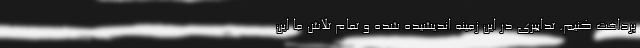
پرداخت کنیم. تدابیری در این زمینه اندیشیده شده و تمام تلاش ما این